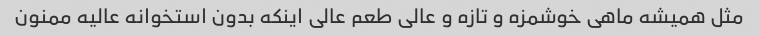
مثل همیشه ماهی خوشمزه و تازه و عالی طعم عالی اینکه بدون استخوانه عالیه ممنون